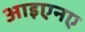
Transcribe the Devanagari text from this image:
आइएनए